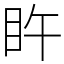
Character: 𥄭